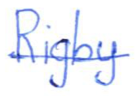
Text: Rigby
Cross-out: single-line
Writing tool: ballpoint